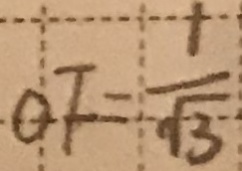
O F = \frac { 1 } { \sqrt { 3 } }